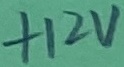
Text: +12V